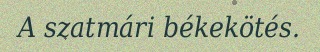
A szatmári békekötés.